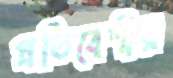
প্রতিবেশীয়